Leaving Certificate Examination, 1913
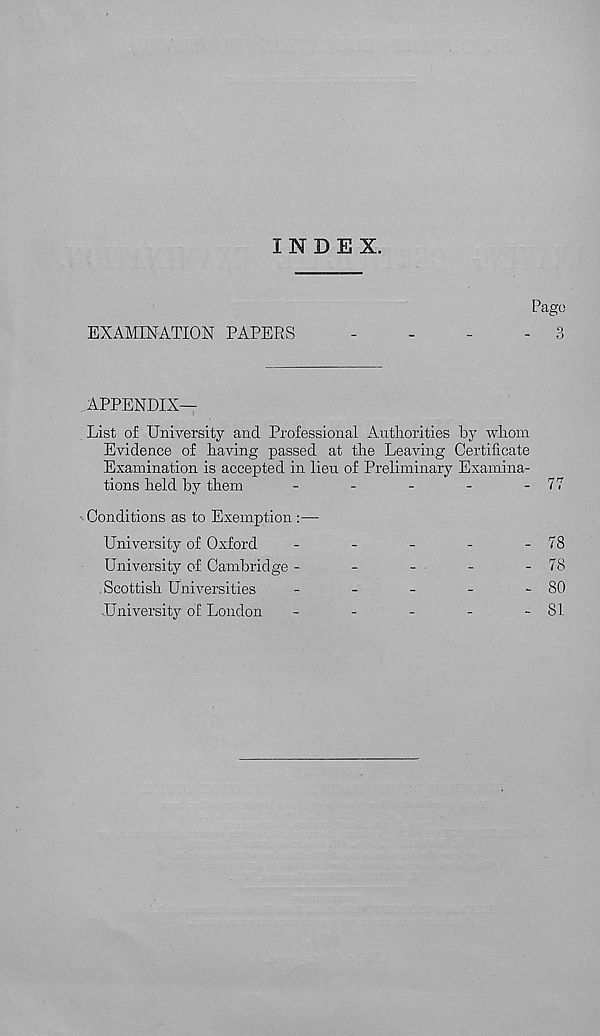
INDEX.
Pago
EXAMINATION PAPERS
...
- 3
APPENDIX—
. List of University and Professional Authorities by whom
Evidence of having passed at the Leaving Certificate
Examination is accepted in lien of Preliminary Examina-
tions held by them
-
-
-
-
- 77
Conditions as to Exemption :—
University of Oxford
-
-
-
-
- 78
University of Cambridge -
-
-
-
- 78
Scottish Universities
-
-
-
-
- 80
University of London
-
-
-
-
-81